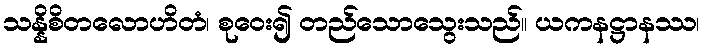
သန္နိစိတလောဟိတံ၊ စုဝေး၍ တည်သောသွေးသည်။ ယကနဋ္ဌာနဿ၊